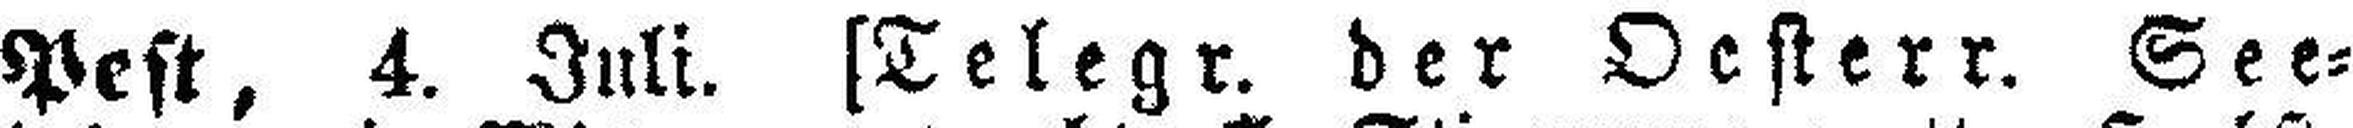
Pest, 4. Juli. [Telegr. der Oesterr. See¬